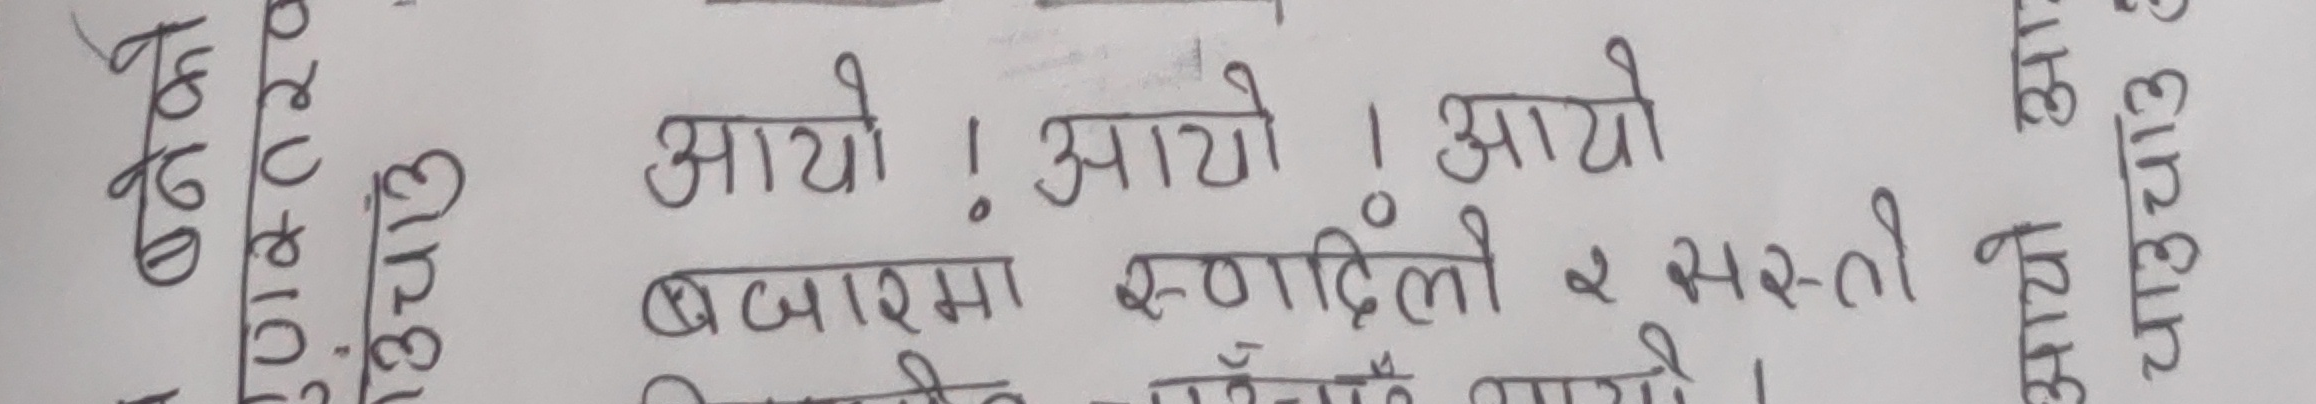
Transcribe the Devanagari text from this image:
आयो! आयो! आयो
बजारमा रुगांदिलो र सस्तो